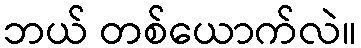
ဘယ် တစ်ယောက်လဲ။